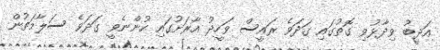
އަދީބު ވިދާޅުވި ގޮތުގައި ގަދަވެ ރައީސް ވަހީދު އާރަށުގައި ހުންނެވީ ގަދަވެ ސަލާމަތުން